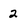
Character: 2